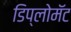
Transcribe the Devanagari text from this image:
डिप्लोमॅट